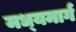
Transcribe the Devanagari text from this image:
मध्‍यमार्ग